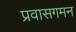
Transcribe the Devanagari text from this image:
प्रवासगमन